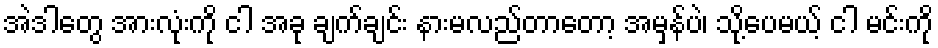
အဲဒါတွေ အားလုံးကို ငါ အခု ချက်ချင်း နားမလည်တာတော့ အမှန်ပဲ၊ သို့ပေမယ့် ငါ မင်းကို